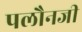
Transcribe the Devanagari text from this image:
पलौनजी